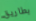
بطاريق